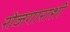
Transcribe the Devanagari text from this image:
रोजगाराशी